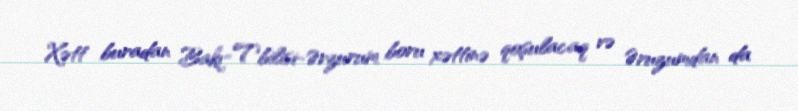
Xətt buradan Bakı-Tbilisi-Ərzurum boru xəttinə qoşulacaq və Əruzumdan da